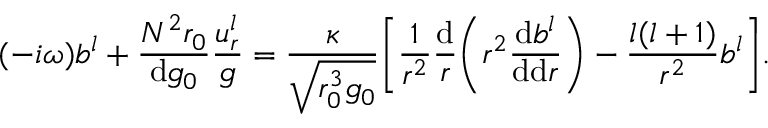
( - i \omega ) b ^ { l } + \frac { N ^ { 2 } r _ { 0 } } { \mathrm { d } g _ { 0 } } \frac { u _ { r } ^ { l } } { g } = \frac { \kappa } { \sqrt { r _ { 0 } ^ { 3 } g _ { 0 } } } \Bigg [ \frac { 1 } { r ^ { 2 } } \frac { \mathrm { d } } { r } \bigg ( r ^ { 2 } \frac { \mathrm { d } b ^ { l } } { \mathrm { d } \mathrm { d } r } \bigg ) - \frac { l ( l + 1 ) } { r ^ { 2 } } b ^ { l } \Bigg ] .